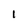
Character: 1